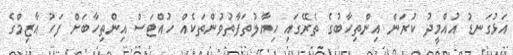
އަޅުގަނޑު އުއްމީދު ކުރަން އިންތިހާބުގެ ތެރޭގައި ހިޔާލުތަފާތުވުންތަކެއް ހުއްޓަސް އިންތިހާބަށް ފަހު އާޒިމްގެ